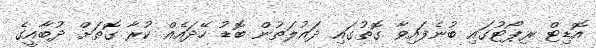
އޮޑިޓް ރިޕޯޓުގައި ބުނެފައިވާ ގޮތުގައި ދައުލަތުން ބޮޑު ހޭދައެއް ކުރާ ގޮތަށް ދުބާއީގެ